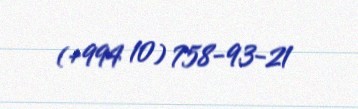
(+994 10) 758-93-21